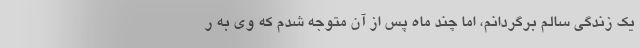
یک زندگی سالم برگردانم، اما چند ماه پس از آن متوجه شدم که وی به ر